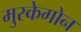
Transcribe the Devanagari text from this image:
मुस्केगोन